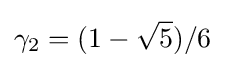
\gamma _{2}=(1-{\sqrt {5}})/6